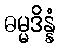
ဓမ္မဒိန္နံ